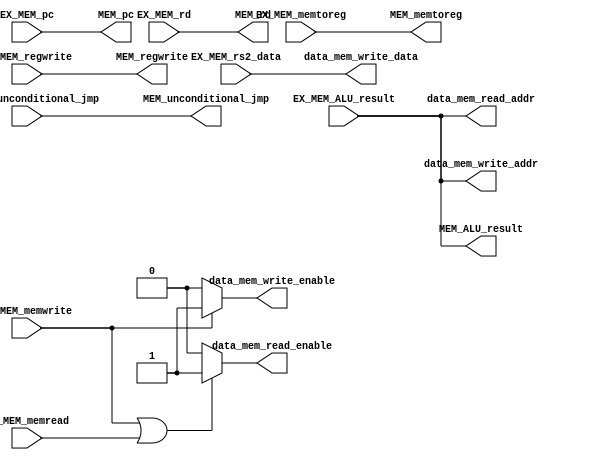
module MEM(
           input             EX_MEM_memtoreg,
           input             EX_MEM_memread,
           input             EX_MEM_memwrite,
           input             EX_MEM_regwrite,
           input [31:0]      EX_MEM_pc,
           input             EX_MEM_unconditional_jmp,
           // input             EX_MEM_zero,
           input [4:0]       EX_MEM_rd,
           // input [31:0]      EX_MEM_rs1_data,
           input [31:0]      EX_MEM_rs2_data,
           input [31:0]      EX_MEM_ALU_result,
           // input [31:0]      data_mem_read_data,
           output reg [31:0] data_mem_write_data,
           output reg [31:0] data_mem_write_addr,
           output reg [31:0] data_mem_read_addr,
           output reg        data_mem_read_enable,
           output reg        data_mem_write_enable,
           output reg        MEM_regwrite,
           // output reg        MEM_zero,
           output reg [4:0]  MEM_rd,
           output reg        MEM_memtoreg,
           output reg [31:0] MEM_ALU_result,
           output reg [31:0] MEM_pc,
           output reg        MEM_unconditional_jmp
           );

   always @ *
     data_mem_write_addr = EX_MEM_ALU_result;

   always @ *
     data_mem_read_addr = EX_MEM_ALU_result;

   always @ *
     data_mem_write_data = EX_MEM_rs2_data;

   always @ *
     if (EX_MEM_memwrite || EX_MEM_memread)
       data_mem_read_enable = 1;
     else
       data_mem_read_enable = 0;

   always @ *
     if (EX_MEM_memwrite)
       data_mem_write_enable = 1;
     else
       data_mem_write_enable = 0;

   // always @ *
   //   MEM_zero = EX_MEM_zero;

   always @ *
     MEM_memtoreg = EX_MEM_memtoreg;

   always @ *
     MEM_regwrite = EX_MEM_regwrite;

   always @ *
     MEM_rd = EX_MEM_rd;

   always @ *
     MEM_ALU_result = EX_MEM_ALU_result;

   always @ *
     MEM_unconditional_jmp = EX_MEM_unconditional_jmp;

   always @ *
     MEM_pc = EX_MEM_pc;

endmodule // MEM